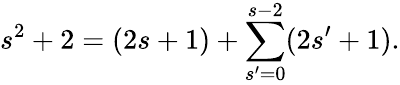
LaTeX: s^{2}+2=(2s+1)+\sum_{s^{\prime}=0}^{s-2}(2s^{\prime}+1).